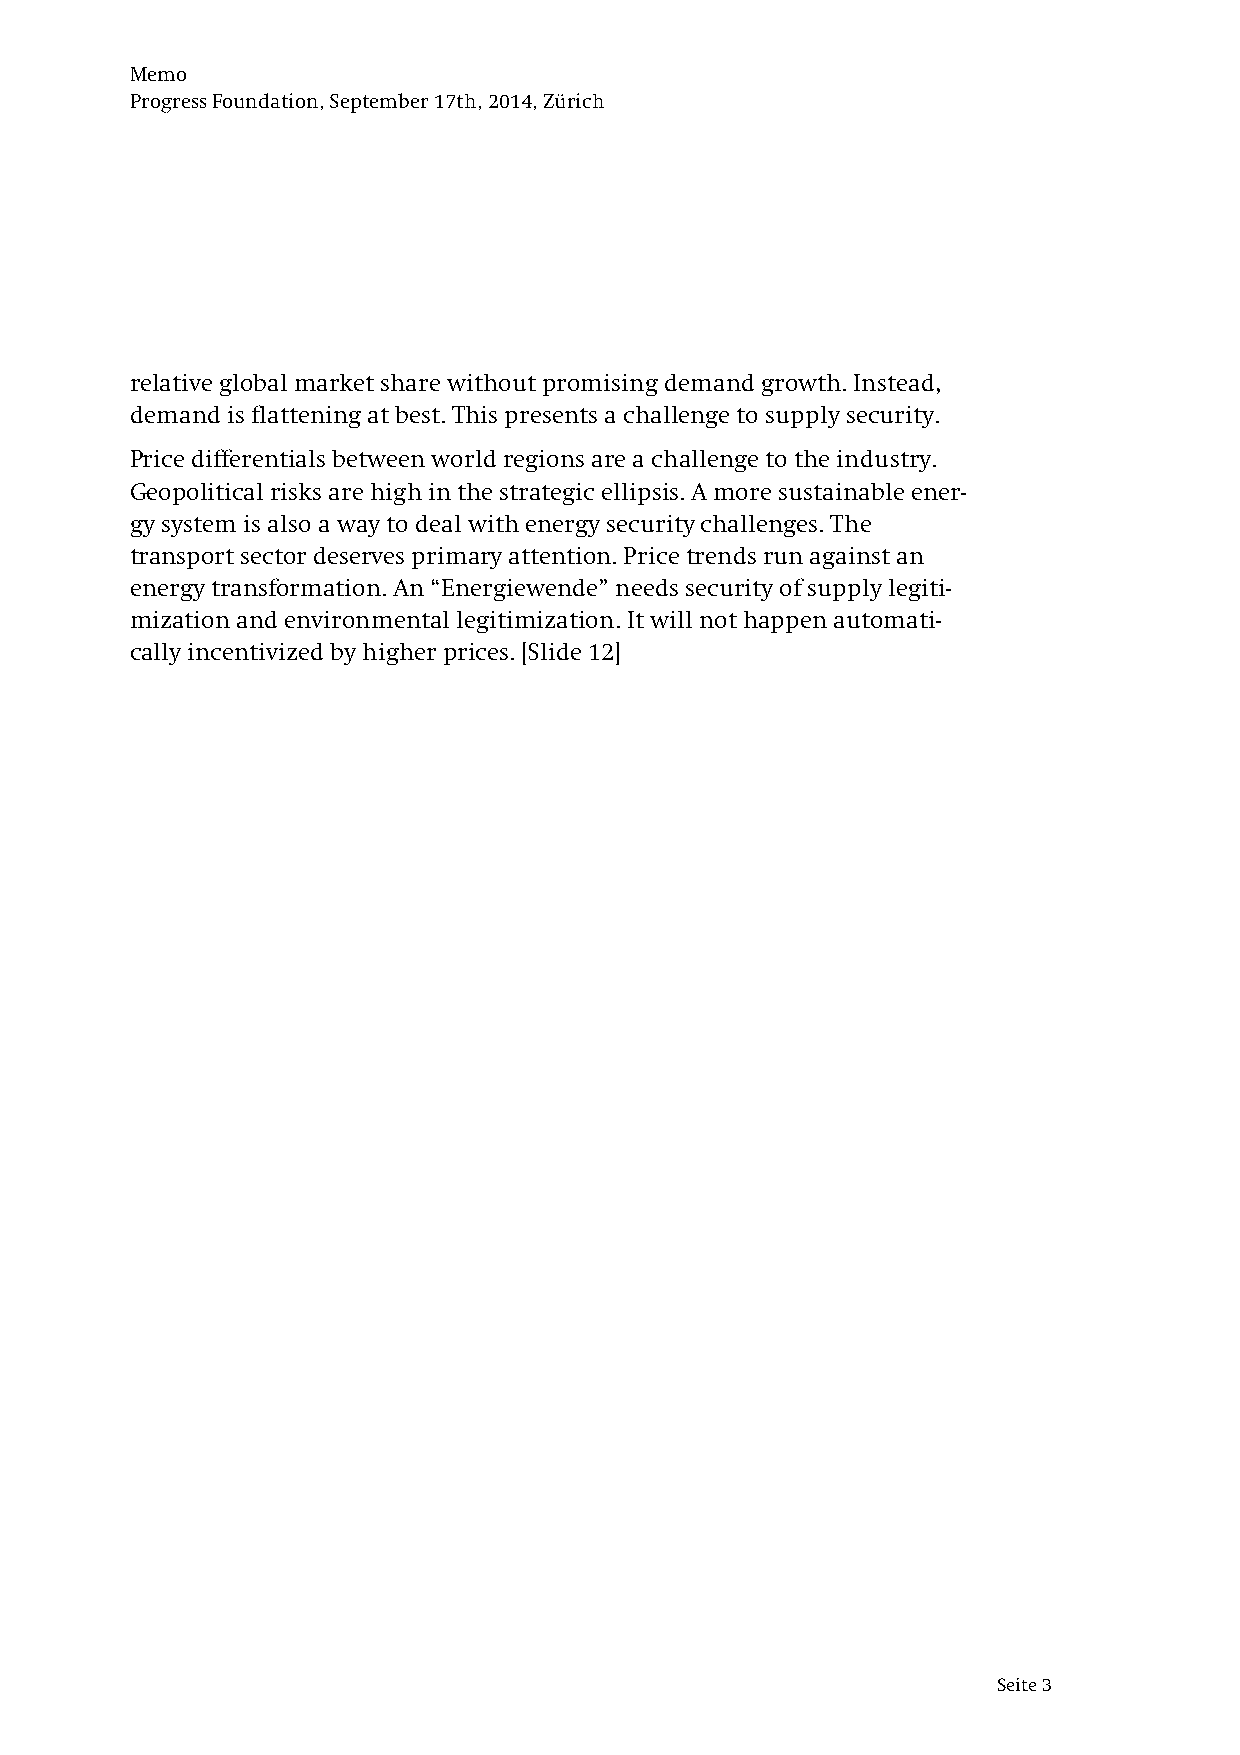
Memo
 Progress Foundation, September 17th, 2014, Zürich
 relative global market share without promising demand growth. Instead,
 demand is flattening at best. This presents a challenge to supply security.
 Price differentials between world regions are a challenge to the industry.
 Geopolitical risks are high in the strategic ellipsis. A more sustainable ener-
 gy system is also a way to deal with energy security challenges. The
 transport sector deserves primary attention. Price trends run against an
 energy transformation. An “Energiewende” needs security of supply legiti-
 mization and environmental legitimization. It will not happen automati-
 cally incentivized by higher prices. [Slide 12]
 Seite 3